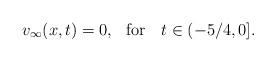
LaTeX: \begin{align*}v_{\infty}(x,t) =0, \ \ \textrm{for } \ \ t\in (-5/4,0].\end{align*}